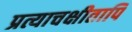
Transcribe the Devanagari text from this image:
प्रत्याचक्षीतापि